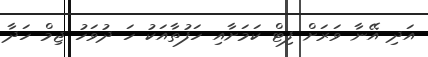
އަދި އޭނާ ވަރަށް ފިޓް ކަމަށާއި ހަފުތާއަކު ހަ ދުވަހު ޖިމް ހަދާ